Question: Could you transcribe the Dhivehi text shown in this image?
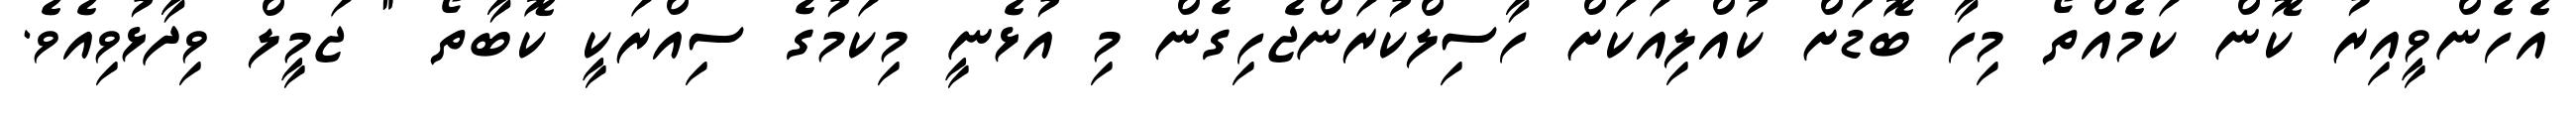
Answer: އެހެންވީއިރު ކޮން ކަމެއްތޯ މިހާ ބޮޑަށް ކުއްލިއަކަށް ހާސިލްކުރަންޖެހިގެން މި އުޅެނީ މިކަމުގެ ސިއްރަކީ ކޮބާތޯ " ޖަމީލް ވިދާޅުވިއެވެ.